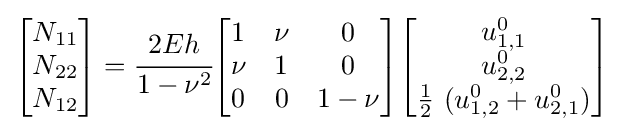
{\begin{bmatrix}N_{11}\\N_{22}\\N_{12}\end{bmatrix}}={\cfrac {2Eh}{1-\nu ^{2}}}{\begin{bmatrix}1&\nu &0\\\nu &1&0\\0&0&1-\nu \end{bmatrix}}{\begin{bmatrix}u_{1,1}^{0}\\u_{2,2}^{0}\\{\frac {1}{2}}~(u_{1,2}^{0}+u_{2,1}^{0})\end{bmatrix}}